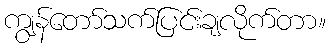
ကျွန်တော်သက်ပြင်းချလိုက်တာ။